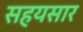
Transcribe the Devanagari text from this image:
सहयसार